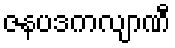
ဇနပဒကလျာဏီ